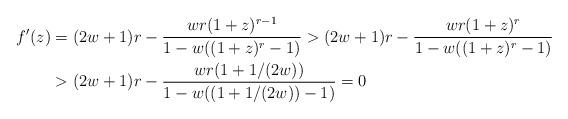
LaTeX: \begin{align*} f'(z) &= (2w+1)r - \frac{wr(1+z)^{r-1}}{1-w((1+z)^r-1)} > (2w+1)r - \frac{wr(1+z)^{r}}{1-w((1+z)^r-1)} \\ &>(2w+1)r - \frac{wr(1+1/(2w))}{1-w((1+1/(2w))-1)}=0\end{align*}